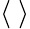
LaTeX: \left\langle~\right\rangle